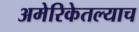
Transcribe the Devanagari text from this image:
अमेरिकेतल्याच